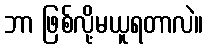
ဘာ ဖြစ်လို့မယူရတာလဲ။